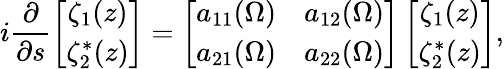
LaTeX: i\frac{\partial}{\partial s}\left[\begin{array}{c}{\zeta_{1}(z)}\\ {\zeta_{2}^{\ast}(z)}\end{array}\right]=\left[\begin{array}{cc}{a_{11}(\Omega)}&{a_{12}(\Omega)}\\ {a_{21}(\Omega)}&{a_{22}(\Omega)}\end{array}\right]\left[\begin{array}{c}{\zeta_{1}(z)}\\ {\zeta_{2}^{\ast}(z)}\end{array}\right],